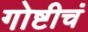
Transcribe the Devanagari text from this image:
गोष्टीचं